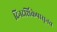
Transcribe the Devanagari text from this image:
दिनदर्शिकेपासूनच